Civil Veterinary Department Bengal reports 1933-51 - 1933-1951
Year: 1933
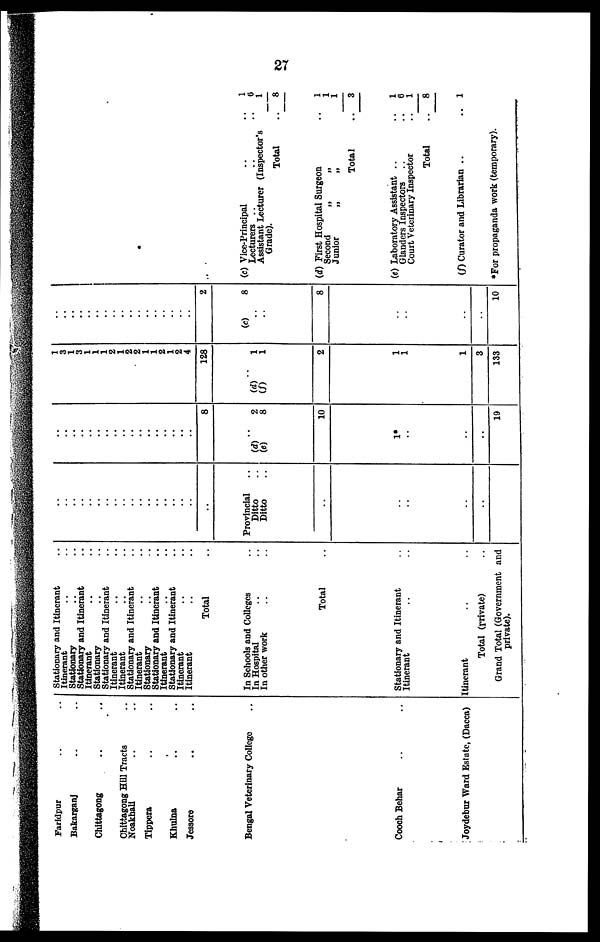
27
Faridpur .. ..
Bakarganj .. ..
Chittagong .. ..
Chittagong Hill Tracts ..
Noakhali .. ..
Tippera .. ..
Khulna .. ..
Jessore .. ..
Bengal Veterinary College ..
Cooch Behar .. ..
Joydebur Ward Estate, (Dacca)
Stationary and Itinerant ..
Itinerant .. ..
Stationary .. ..
Stationary and Itinerant ..
Itinerant .. ..
Stationary .. ..
Stationary and Itinerant ..
Itinerant .. ..
Itinerant .. ..
Stationary and Itinerant ..
Itinerant .. ..
Stationary .. ..
Stationary and Itinerant ..
Itinerant .. ..
Stationary and Itinerant ..
Itinerant .. ..
Itinerant .. ..
Total ..
In Schools and Colleges ..
In Hospital .. ..
In other work .. ..
Total ..
Stationary and Itinerant ..
Itinerant .. ..
Itinerant .. ..
Total (private) ..
Grand Total (Government and
private).
..
..
..
..
..
..
..
..
..
..
..
..
..
..
..
..
..
Provincial ..
Ditto ..
Ditto ..
..
..
..
..
..
..
..
..
..
..
..
..
..
..
..
..
..
..
..
..
..
8
..
(d) 2
(e)
8
10
1*
..
..
..
19
1
3
1
3
1
1
1
2
1
2
2
1
1
2
1
2
4
128
..
(d) 1
(f)
1
2
1
1
1
3
133
..
..
..
..
..
..
..
..
..
..
..
..
..
..
2
(c) 8
..
..
8
..
..
..
..
10
(c) Vice-Principal
..
..
1
Lecturers ..
..
.. 0
Assistant Lecturer (Inspector's
1
Grade).
Total
.. 8
(d) First Hospital Surgeon
.. 1
Second
„
„
1
Junior
„
„
1
Total
..
3
(e) Laboratory Assistant ..
..
1
Glanders Inspectors .. .. 6
Court Veterinary Inspector
..
1
Total
.. 8
(f) Curator and Librarian ..
.. 1
*For propaganda work (temporary).